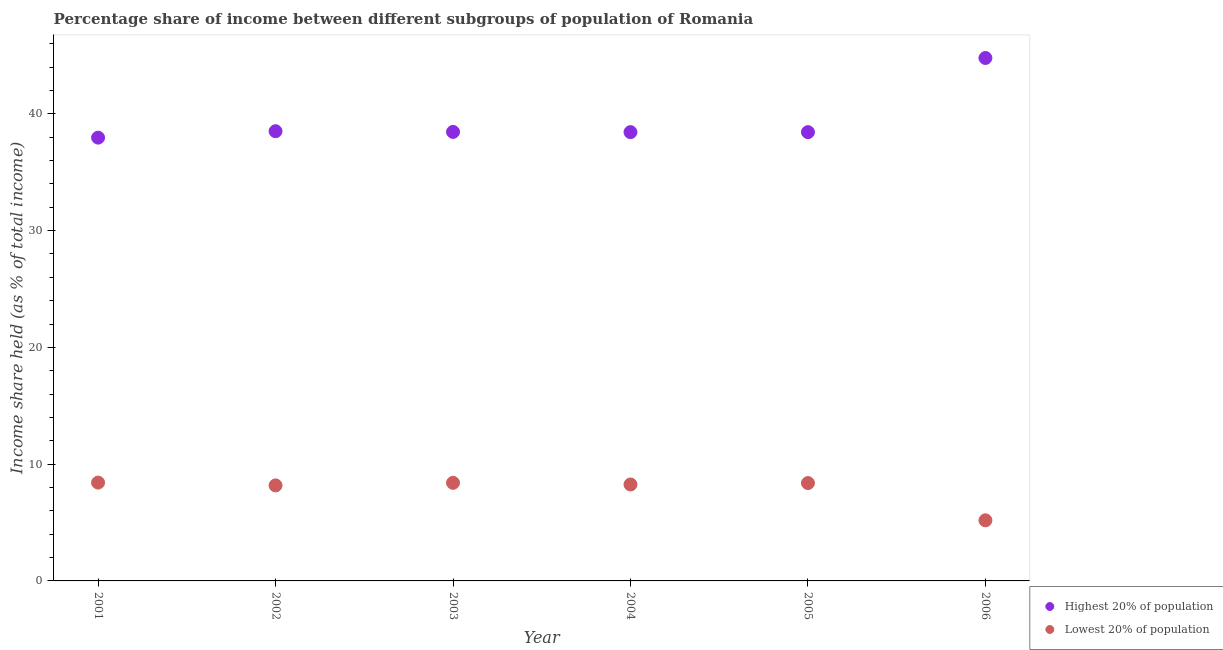
| Year | Highest 20% of population | Lowest 20% of population |
 | --- | --- | --- |
 | 2001 | 38 | 8.42 |
 | 2002 | 38.5 | 8.18 |
 | 2003 | 38.5 | 8.4 |
 | 2004 | 38.4 | 8.26 |
 | 2005 | 38.4 | 8.38 |
 | 2006 | 44.8 | 5.19 |